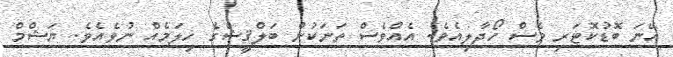
އޭނަ ބޮޑުކޮޓަރި ވެސް ހޯދާލިއެވެ. އެއްވެސް ތަނަކުން ބަލްޤީޝްގެ ހިލަމެއް ނުވެއެވެ. ޔަޝްމް